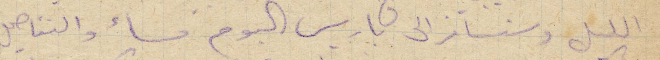
الليل وسنسافر الى باريس اليوم مساء والتفاصيل